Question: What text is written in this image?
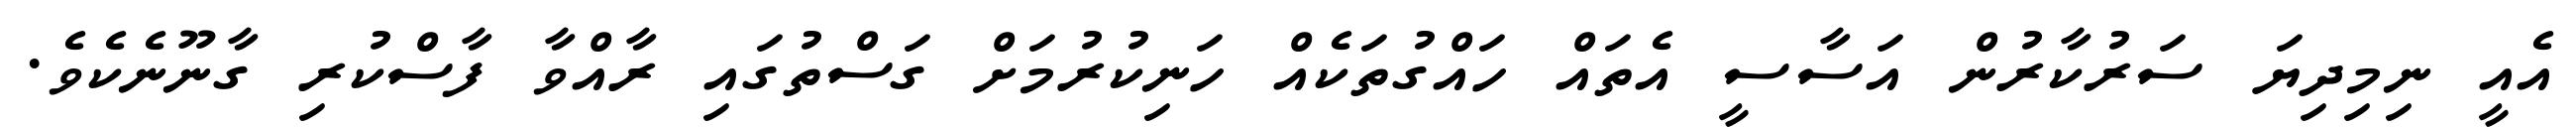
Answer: އެއީ ނިމިދިޔަ ސަރުކާރުން އަސާސީ އެތައް ހައްގުތަކެއް ހަނިކުރުމަށް ގަސްތުގައި ރާއްވާ ފާސްކުރި ގާނޫނެކެވެ.